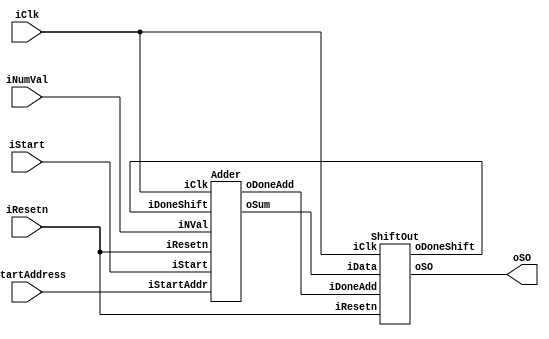
// Accumulate some numbers magically stored in a memory already.
// Output the sum serially
//
// Warning: This code passes a syntax check.  It has not been simulated!!
//
// Version 1.1   November 2, 2013
//
// Paul Chow
//
// Modified by Stuart Byma - reduced delay time for simulation
// - Added simulation memory model
// - Adjusted some signal widths to match memory

`timescale 1 ns / 10 ps // this maps dimensionless Verilog time units into real time units

module top (iClk, iResetn, iStartAddress, iNumVal, iStart, oSO);
   input iClk, iResetn, iStart;
   input [15:0]  iNumVal;
   input [7:0] iStartAddress;
   output 	oSO;


   wire [7:0] 	AdderSum;
   wire 	DoneShift, DoneAdd;
   

   Adder ADD(iStartAddress, iStart, iNumVal, iClk, iResetn, AdderSum, DoneShift, DoneAdd);
   ShiftOut SHIFT(AdderSum, DoneAdd, iClk, iResetn, DoneShift, oSO);

endmodule // top




module Adder (iStartAddr, iStart, iNVal, iClk, iResetn, oSum, iDoneShift, oDoneAdd);

   input [15:0] iNVal;
   input [7:0] iStartAddr; 
   input 	iClk, iResetn, iDoneShift, iStart;
   output [7:0] oSum;
   output 	oDoneAdd;

   reg [2:0] 	NState, CState;  // State values
   reg [15:0] 	NumVal;     // Memory address register and counter of number of values to add
   reg [7:0] MAR;
   reg [7:0] 	R, S;            // R and S registers
   reg 		DoneAdd;
   
   wire [15:0] 	MemOut;
   
   parameter [2:0] ST_Idle = 0, ST_LoadMAR = 1, ST_LoadR = 2, ST_IncMAR = 3, ST_Done = 4;

   // Controller


   always @(*) // Next State and control combinational logic
     begin 
	case (CState)
	  ST_Idle:
	    begin
	       if(iStart)
		 begin
		    NState = ST_LoadMAR;
		 end
	       else
		 begin
		    NState = ST_Idle;
		    DoneAdd = 0;
		 end
	    end
	  ST_LoadMAR:  // After coding it turns out that this state is not needed - could remove it
	    begin
	       NState = ST_LoadR;
	    end
	  ST_LoadR:
	    begin
	       if(NumVal == 0)   // Why do this versus checking if NumVal > 0?  There's a big hardware difference.
		 NState = ST_Done;
	       else
		 NState = ST_IncMAR;
	    end // case: ST_LoadR
	  ST_IncMAR:  // Have this one state to do the increment, could actually remove this if you think about it
	    begin
	       NState = ST_LoadR;
	    end
	  ST_Done:
	    begin
	       DoneAdd = 1;  // Trigger the shifter FSM to start
	       if(!iDoneShift)
		 NState = ST_Done;  // Wait for handshake from Output FSM
	       else
		 begin
		    NState = ST_Idle;  // Can now move to idle
		    DoneAdd = 0;  // Complete the handshake.
		    // The output FSM should look for DoneAdd to go low before waiting for next output.
		 end
	    end // case: ST_Done
	  default:  // avoid latching - give default values to all regs being assigned in the case
	    begin
	       NState = ST_Idle;
	       DoneAdd = 0;
	    end

	endcase // case (CState)
     end // always @ begin
   

   
   // State registers

   always @(posedge iClk)
     begin
	if(!iResetn)
	  CState <= ST_Idle;
	else
	  CState <= NState;
     end


   // MAR and NumVal Registers

   always @(posedge iClk)
     begin
	if(iStart)
	  begin
	     MAR <= iStartAddr;
	     NumVal <= iNVal;
	  end
	else
	  begin
	     if(CState == ST_IncMAR)
	       begin
		  MAR <= MAR + 1;	  // Go to next address
		  NumVal <= NumVal - 1;   // Decrement number of values to do
	       end
	  end // else: !if(iStart)
     end // always @ (posedge iClk)
   

   // R Register

   always @(posedge iClk)
     begin
	if(!iResetn)
	  R <= 0;
	else
	  if(CState == ST_LoadR)
	    R <= R + MemOut;
     end
   
   

   // Memory block
   // Typically a vendor-supplied IP core that you get from a vendor library and instantiate
   // The module here is a placeholder module.

   Memory M1 (iClk, MAR, 16'b0, 1'b1, MemOut); // note that we set iData to 0, as we are not writing to this memory - Stuart

   // Various connections

   assign oDoneAdd = DoneAdd;
   assign oSum = R;
   
endmodule // Adder



	  
// Dummy memory module
// A one cycle latency memory - assert iAddress, and on the posedge of the clk
// the data at that address will appear on oData
//
// NOTE!! -- Inferring memories is a more advanced topic beyond the scope of
// ECE241. If you need a memory for your lab or project, use the Quartus II
// megawizard plugin manager!
//
module Memory(clk, iAddress, iData, iR_Wn, oData);
   input [15:0] iData;
   input [7:0] iAddress;
   input 	iR_Wn, clk;
   output [15:0] oData;
   
   reg [15:0] mem[255:0]; // a memory, 16 bits wide, 256 words deep
   reg [7:0] addr_reg;

   // "initial" block will be executed by the simulator to initalize the memory
   // to known values - we surround it with synthesizer directives so that
   // Quartus will ignore it 

   /* synthesis translate_off */
   integer i;
   initial begin
      for (i = 0; i < 256; i = i + 1)
         mem[i] = i;
   end
   /* synthesis translate_on */

   always @(posedge clk) begin
      if (!iR_Wn)
         mem[iAddress] <= iData;
      addr_reg <= iAddress;  // the input address is registered first - so this will be a one cycle latency memory
   end

   assign oData = mem[addr_reg];
   
endmodule // Memory




module ShiftOut(iData, iDoneAdd, iClk, iResetn, oDoneShift, oSO);
   
   input [7:0] iData;
   input       iDoneAdd, iClk, iResetn;
   output      oDoneShift, oSO;

   reg [2:0]   NState, CState;  // State values
   reg [3:0]   NumBits;   // track number of bits to output
   reg [10:0]   S;   // the shift register
   reg [27:0]  DelayCounter;   // Counts a big delay

   // Some flag bits
   // Done1s is set by delay counter when it has counted to 0
   // DoneShift is set when all bits have been output

   wire        Done1s;
   reg	       DoneShift, DoneShift_reg; // tricky fix -- we need to register DoneShift to avoid circular logic with iDoneAdd - Stuart

   parameter [2:0] ST_Idle = 0, ST_LoadS = 1, ST_LoadSW = 2, ST_ShiftS = 3, ST_ShiftSW = 4,ST_DecNumBits = 5, ST_DoneShift = 6;
   
   parameter DELAY_TIME = 5;  // was 50 000 000, for 1s, but for simulation, we'll use just 5 cycles - Stuart

   // Controller
   //
   // Observe that the state diagram only had one state for LoadS and ShiftS that included waiting.
   // It turned out that it was more convenient to separate the waiting into a separate state so
   // that there was one state to do stuff before doing the waiting.

   always @(*)  // input and control combinational logic
     begin
	case (CState)
	  ST_Idle:
	    begin
	       DoneShift = 0;
	       if(iDoneAdd)
		 NState = ST_LoadS;
	       else
		 NState = ST_Idle;
	    end
	  ST_LoadS:  // Split into state to load and wait state
	    NState = ST_LoadSW;
	  ST_LoadSW:  // Wait for the timer
	    begin
	       if(!Done1s)
		 NState = ST_LoadSW;
	       else
		 NState = ST_ShiftS;
	    end
	  ST_ShiftS:  // Split into state to shift and wait state
	    NState = ST_ShiftSW;
	  ST_ShiftSW:
	    begin
	       if(!Done1s)
		 NState = ST_ShiftSW;
	       else
		 NState = ST_DecNumBits;
	    end
	  ST_DecNumBits:
	    begin
	       if(NumBits == 0)
		 NState = ST_DoneShift;
	       else
		 NState = ST_ShiftS;
	    end
	  ST_DoneShift:
	    begin
	       DoneShift = 1;
	       if(iDoneAdd)
		 NState = ST_DoneShift;  // Wait for DoneAdd to go low
	       else
		 begin
		    NState = ST_Idle;
		    DoneShift = 0;
		 end
	    end // case: ST_DoneShift
	  default:
	    begin  // avoid latches
	       NState = ST_Idle;
	       DoneShift = 0;
	    end
	endcase // case (CState)
     end // always @ begin
   
   assign oDoneShift = DoneShift_reg;

   // State registers

   always @(posedge iClk)
     begin
	if(!iResetn)
	  CState <= ST_Idle;
	else
	  CState <= NState;
     end


   // NumBits counter and S Register

   always @(posedge iClk)
     begin
	   DoneShift_reg <= DoneShift;
	if(CState == ST_LoadS)   // Only in this state for 1 cycle
	  begin
	     S <= {iData,3'b011};  // Load the shift register with the input data and the control bits
	     NumBits <= 11;
	  end
	else
	  begin
	     if(CState == ST_ShiftS)  // Only in this state for 1 cycle
	       begin
		  NumBits <= NumBits - 1;
		  S <= S >> 1;
	       end
	  end
     end // always @ (posedge iClk)

   assign oSO = S[0];  // The output bit
   


   // Wait 1 second counter
   // Done1s signals when counter reaches 0 - generated by looking at DelayCounter output

   always @(posedge iClk)
     begin
	if(!iResetn)
	  DelayCounter <= DELAY_TIME;  // Set to a nonzero value so that Done1s is 0 on reset
	else
	  begin
	     if(CState == ST_LoadS || CState == ST_ShiftS)  // Use these states to load counter
	       begin
		  DelayCounter <= DELAY_TIME;  // 1 second for 50 MHz clock
		  // This will also clear Done1s
	       end
	     else
	       begin
		  if(CState == ST_LoadSW || CState == ST_ShiftSW)
		    DelayCounter <= DelayCounter - 1;
	       end
	  end // else: !if(!iResetn)
     end // always @ (posedge iClk)
   		   
   assign Done1s = (DelayCounter == 0);


endmodule // ShiftOut